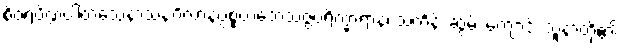
စိဝရပိဏ္ဍပါတသေနာသနဂိလာနပ္ပစ္စယဘေသဇ္ဇပရိက္ခာရာနံ၊ သင်္ကန်း ဆွမ်း ကျောင်း သူနာတို့၏